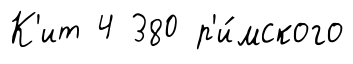
К'ит 4 380 р'и́мского